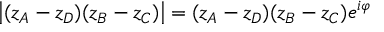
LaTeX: \left| ( z _ { A } - z _ { D } ) ( z _ { B } - z _ { C } ) \right| = ( z _ { A } - z _ { D } ) ( z _ { B } - z _ { C } ) e ^ { i \varphi }